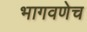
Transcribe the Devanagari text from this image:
भागवणेच